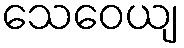
သေဝေယျ